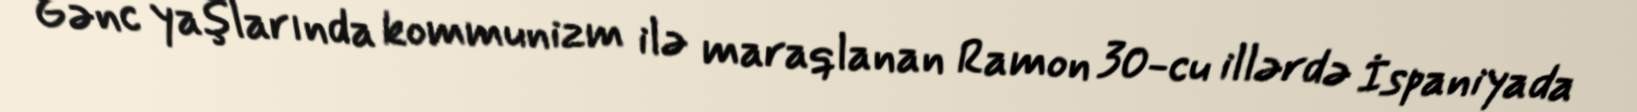
Gənc yaşlarında kommunizm ilə maraqlanan Ramon 30-cu illərdə İspaniyada